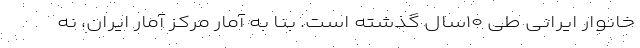
خانوار ایرانی طی ۱۰سال گذشته است. بنا به آمار مرکز آمار ایران، نه